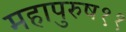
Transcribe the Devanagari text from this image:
महापुरुष११